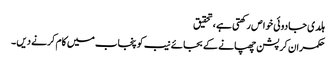
ہلدی جادوئی خوا ص رکھتی ہے ،تحقیق
حکمران کرپشن چھپانے کے بجائے نیب کو پنجاب میں کام کرنے دیں ۔